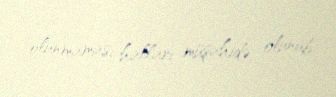
olunmaması halları müşahidə olunub.